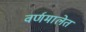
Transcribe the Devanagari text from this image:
वर्णमालेत